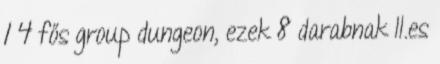
1 4 fős group dungeon, ezek 8 darabnak II.es